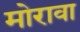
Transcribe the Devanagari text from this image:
मोरावा